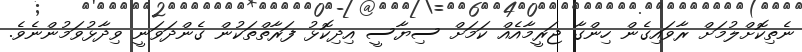
ނެތިކޮށްލުމަށް ރާވައިގެން ހިންގާ ޖަރީމާއެއް ކަމަށް ސިޔާސީ އިދިކޮޅު ފަރާތްތަކުން ގެންދަވަނީ ވިދާޅުވަމުންނެވެ.